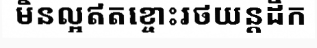
មិនល្អឥតខ្ចោះរថយន្តដឹក